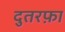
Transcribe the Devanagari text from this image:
दुतरफ़ा